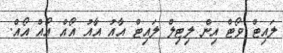
ލައިޓް ވޯޓް އިން ލިޓިލް ލައިޓް އާއު އާއު އޯއް އޯއް އޯއް.